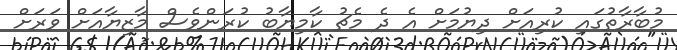
މުބާރާތުގައި ކުރިއަށް ދިޔުމަށް އެ ދެ މެޗު ކާމިޔާބު ކުރަންވެސް މާޒިޔާއަށް ވަރަށް